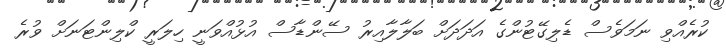
ކުރެއްވި ނަމަވެސް ޑެލިގޭޓުންގެ އަދަދަށް ބަލާލާއިރު ސޭންޑާސް އުޅުއްވަނީ ހިލަރީ ކްލިންޓަނަށް ވުރެ